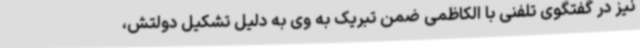
نیز در گفتگوی تلفنی با الکاظمی ضمن تبریک به وی به دلیل تشکیل دولتش،